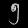
Digit: ၅